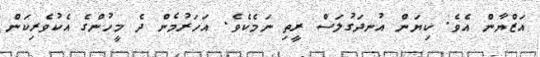
އަޒްޔާން އެވެ. ކިޔަން އުނދަގުލަސް ރީތި ނަމެކެވެ. އަހަރުމެން ދެ މީހުންގެ އެކުވެރިކަން